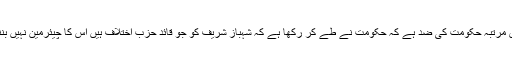
لیکن اس مرتبہ حکومت کی ضد ہے کہ حکومت نے طے کر رکھا ہے کہ شہباز شریف کو جو قائد حزب اختلاف ہیں اس کا چیئرمین نہیں بننے دینا۔